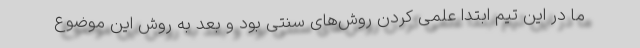
ما در این تیم ابتدا علمی کردن روش‌های سنتی بود و بعد به روش این موضوع